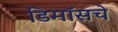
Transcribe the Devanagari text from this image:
डिमॉसचे